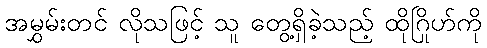
အမွှမ်းတင် လိုသဖြင့် သူ တွေ့ရှိခဲ့သည့် ထိုဂြိုဟ်ကို